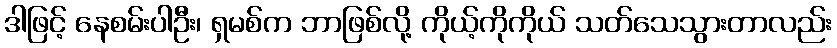
ဒါဖြင့် နေစမ်းပါဦး၊ ရှမစ်က ဘာဖြစ်လို့ ကိုယ့်ကိုကိုယ် သတ်သေသွားတာလည်း